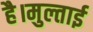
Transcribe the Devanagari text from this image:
है।मुल्ताई